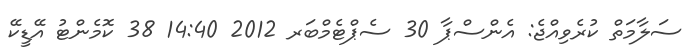
ސަލާމަތް ކުރެވިއްޖެ: އެންސްޕާ 30 ސެޕްޓެމްބަރ 2012 14:40 38 ކޮމެންޓު އޭޑީކޭ